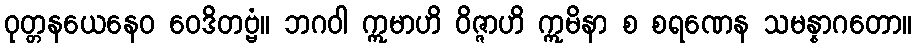
ဝုတ္တနယေနေဝ ဝေဒိတဗ္ဗံ။ ဘဂဝါ ဣမာဟိ ဝိဇ္ဇာဟိ ဣမိနာ စ စရဏေန သမန္နာဂတော။